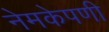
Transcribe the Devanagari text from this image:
नेमकेपणी